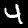
Digit: 4